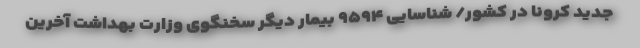
جدید کرونا در کشور/ شناسایی ۹۵۹۴ بیمار دیگر سخنگوی وزارت بهداشت آخرین